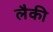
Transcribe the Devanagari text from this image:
लैकी